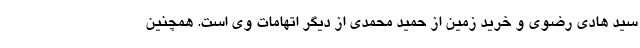
سید هادی رضوی و خرید زمین از حمید محمدی از دیگر اتهامات وی است. همچنین